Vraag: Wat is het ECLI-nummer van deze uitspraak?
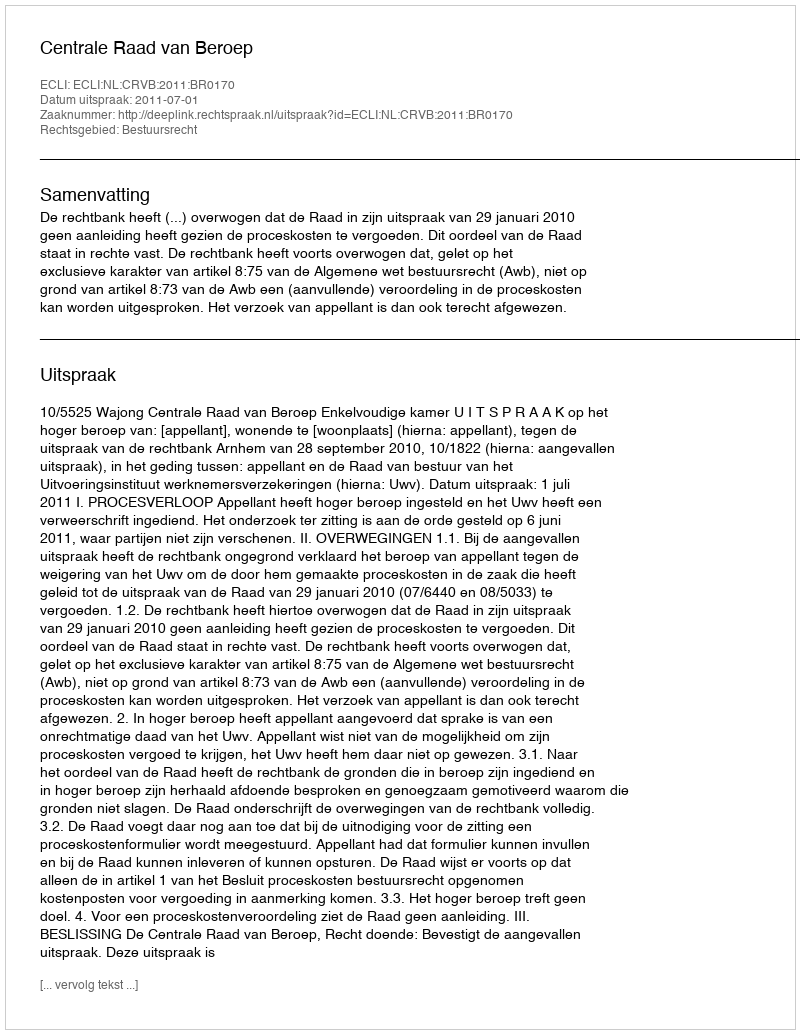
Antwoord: ECLI:NL:CRVB:2011:BR0170